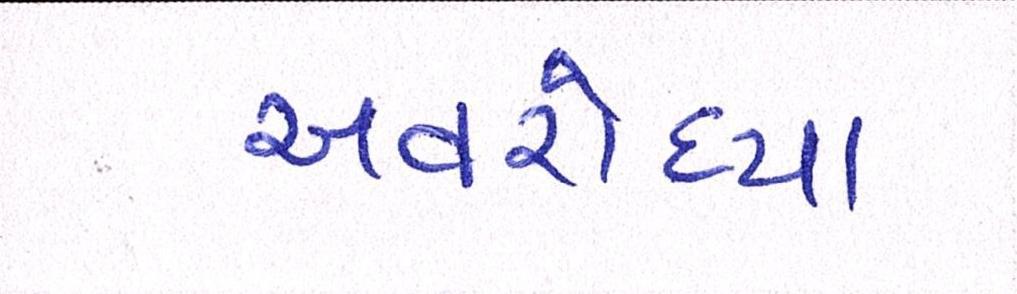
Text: અવરોધ્યા